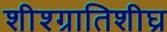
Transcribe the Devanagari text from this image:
शीश्ग्रातिशीघ्र